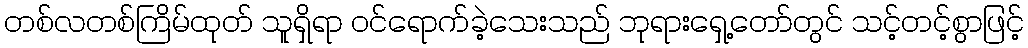
တစ်လတစ်ကြိမ်ထုတ် သူရှိရာ ဝင်ရောက်ခဲ့သေးသည် ဘုရားရှေ့တော်တွင် သင့်တင့်စွာဖြင့်